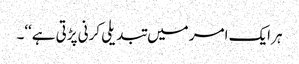
ہر ایک امر میں تبدیلی کرنی پڑتی ہے‘‘۔